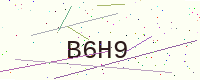
Text: B6H9